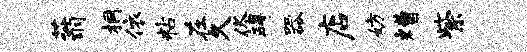
蓊桐依粘在久佟碍器店妨糟紫